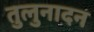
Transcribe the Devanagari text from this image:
तुलुनादन